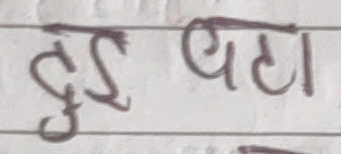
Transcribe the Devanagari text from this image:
दुई घटा